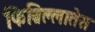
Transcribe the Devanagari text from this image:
फिब्रिल्लातेस